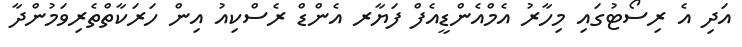
އަދި އެ ރިސޯޓުގައި މިހާރު އެމްއެންޑީއެފް ފަޔާރ އެންޑް ރެސްކިއު އިން ހަރަކާތްތެރިވަމުންދާ